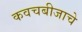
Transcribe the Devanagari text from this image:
कवचबीजाचे